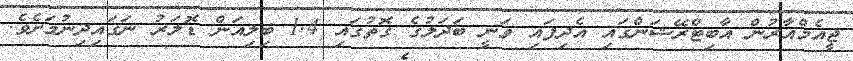
ޖީއެމްއާރުން އާބިޓްރޭޝަންގައި އެދިފައި ވަނީ ބަދަލުގެ ގޮތުގައި 1.4 ބިލިއަން ޑޮލަރު ނަގައިދިނުމަށެވެ.